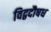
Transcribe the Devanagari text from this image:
विद्वदौषध